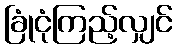
ခြုံငုံကြည့်လျှင်